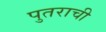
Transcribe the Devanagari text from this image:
पुतराची